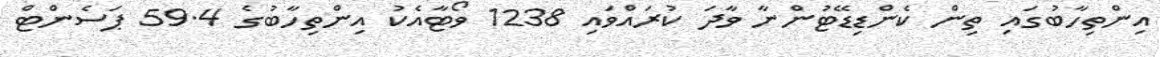
އިންތިހާބުގައި ތިން ކެންޑިޑޭޓުންނާ ވާދަ ކުރައްވައި 1238 ވޯޓާއެކު އިންތިހާބުގެ 59.4 ޕަސެންޓް